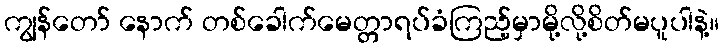
ကျွန်တော် နောက် တစ်ခေါက်မေတ္တာရပ်ခံကြည့်မှာမို့လို့စိတ်မပူပါနဲ့။